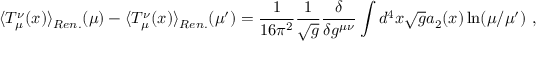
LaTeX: \langle T _ { \mu } ^ { \nu } ( x ) \rangle _ { R e n . } ( \mu ) - \langle T _ { \mu } ^ { \nu } ( x ) \rangle _ { R e n . } ( \mu ^ { \prime } ) = \frac 1 { 1 6 \pi ^ { 2 } } \frac 1 { \sqrt { g } } \frac { \delta } { \delta g ^ { \mu \nu } } \int d ^ { 4 } x \sqrt { g } a _ { 2 } ( x ) \ln ( \mu / \mu ^ { \prime } ) \ ,